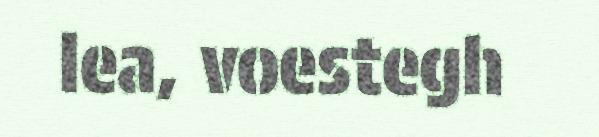
lea, voestegh